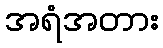
အရံအတား